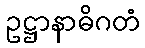
ဥဋ္ဌာနာဓိဂတံ